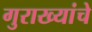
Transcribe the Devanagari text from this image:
गुराख्यांचे